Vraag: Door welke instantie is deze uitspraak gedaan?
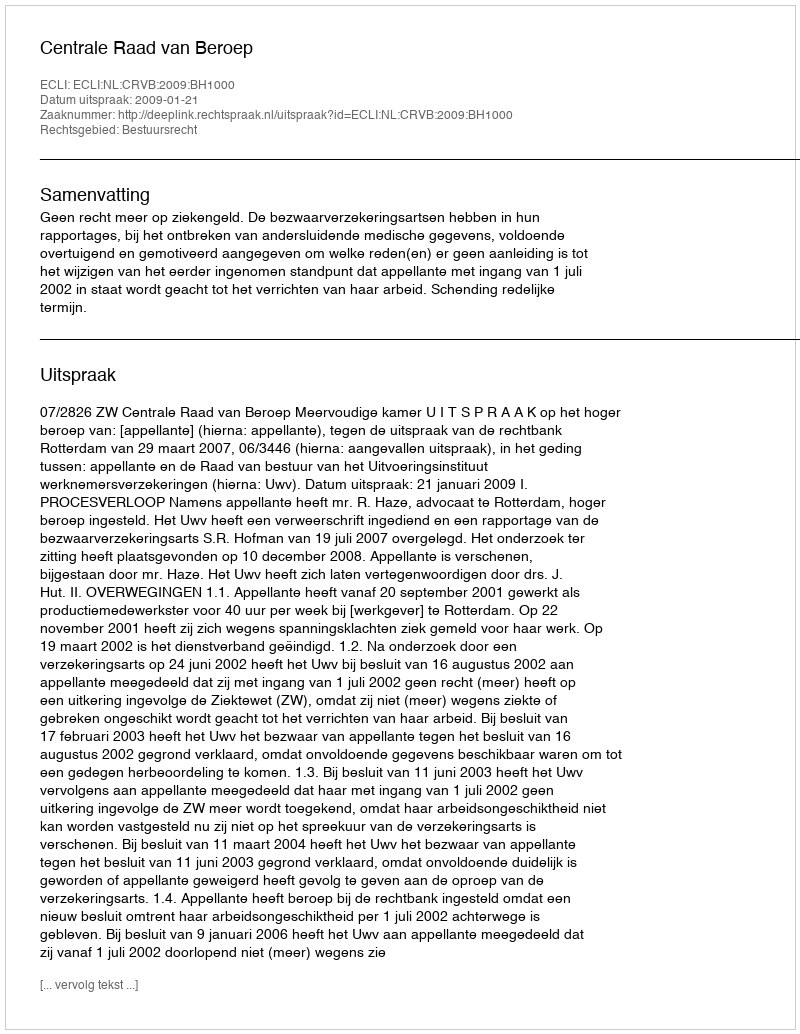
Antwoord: Centrale Raad van Beroep